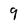
Character: 9